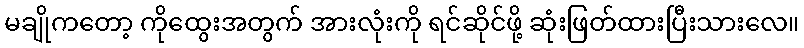
မချိုကတော့ ကိုထွေးအတွက် အားလုံးကို ရင်ဆိုင်ဖို့ ဆုံးဖြတ်ထားပြီးသားလေ။